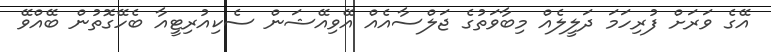
އޭގެ ވަރަށް ފުރިހަމަ ދަލީލެއް މިބާވަތުގެ ޖަލްސާއެއް އޭވިއޭޝަން ސެކިއުރިޓީއާ ބެހޭގޮތުން ބޭއްވޭ